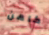
كاهن